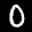
Label: 0